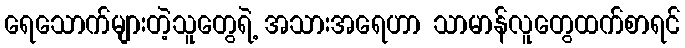
ရေသောက်များတဲ့သူတွေရဲ့ အသားအရေဟာ သာမာန်လူတွေထက်စာရင်